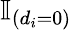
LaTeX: \mathbb{I}_{(d_{i}=0)}